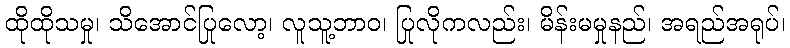
ထိုထိုသမှု၊ သိအောင်ပြုလော့၊ လူသူ့ဘာဝ၊ ပြုလိုကလည်း၊ မိန်းမမှုနည်၊ အရည်အရုပ်၊